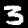
Label: 3